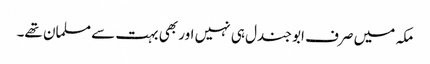
مکہ میں صرف ابو جندل ہی نہیں اور بھی بہت سے مسلمان تھے۔